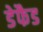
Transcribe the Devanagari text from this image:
डेफैड